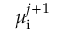
\mu _ { \mathrm { i } } ^ { j + 1 }